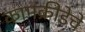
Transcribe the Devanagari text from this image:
कामक्रीडेचे